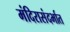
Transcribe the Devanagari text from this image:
मंदिरासंदर्भात